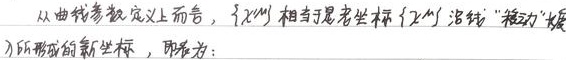
从曲线参数定义上而言，\(\{x^{\prime M}\}\)相当于老坐标\(\{x^{M}\}\)沿“\(\xi\)”“移动”“发展”所形成的新坐标，即表为：